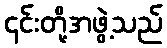
၎င်းတို့အဖွဲ့သည်